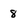
Character: 8